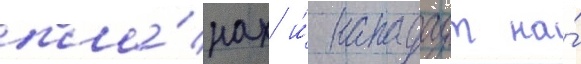
пла́нах и́ нападаут на́